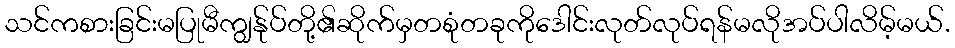
သင်ကစားခြင်းမပြုမီကျွန်ုပ်တို့၏ဆိုက်မှတစုံတခုကိုဒေါင်းလုတ်လုပ်ရန်မလိုအပ်ပါလိမ့်မယ်.